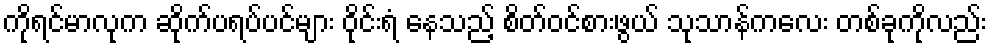
ကိုရင်မာလုက ဆိုက်ပရပ်ပင်များ ဝိုင်းရံ နေသည့် စိတ်ဝင်စားဖွယ် သုသာန်ကလေး တစ်ခုကိုလည်း